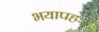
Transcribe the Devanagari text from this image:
भयापहः।